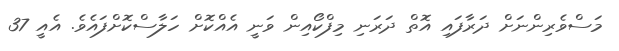
މަސްވެރިންނަށް ދަރާފައި އޮތް ދަރަނި މިފްކޯއިން ވަނީ އެއްކޮށް ހަލާސްކޮށްފައެވެ. އެއީ 37